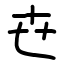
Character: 㔺